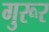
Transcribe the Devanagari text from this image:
गुरूर